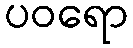
ပဝရော